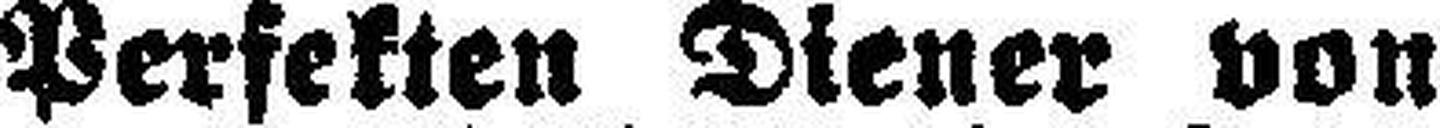
Perfekten Diener von